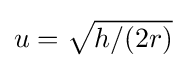
u={\sqrt {h/(2r)}}